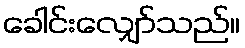
ခေါင်းလျှော်သည်။